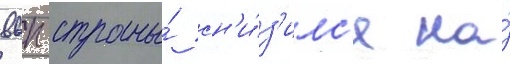
ввп страны́ сн'и́з'илс'я на́